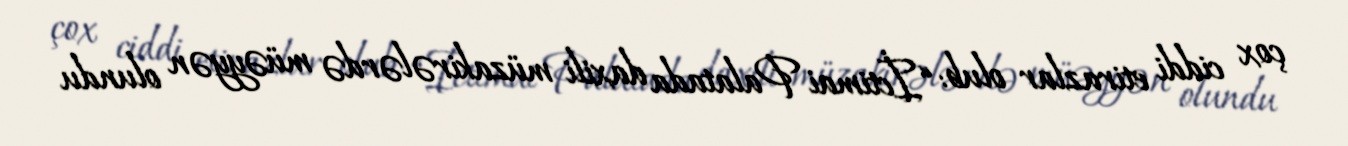
çox ciddi etirazlar olub: “İctimai Palatada daxili müzakirələrdə müəyyən olundu